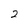
Character: 2